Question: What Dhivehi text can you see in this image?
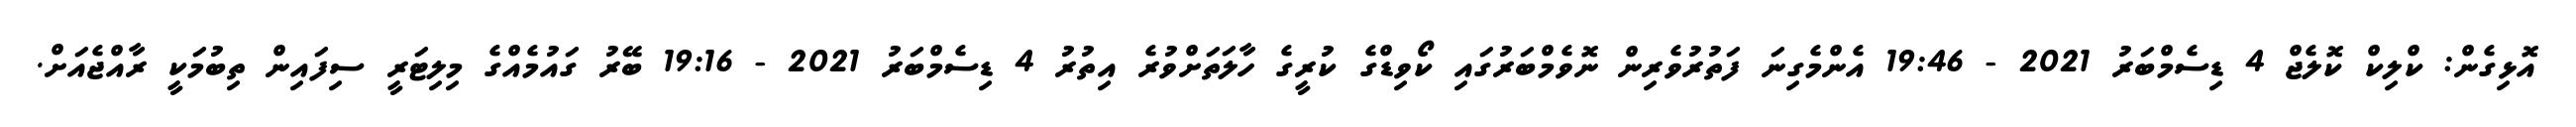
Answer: އޮޅިގެން: ކްލިކް ކޮލެޖް 4 ޑިސެމްބަރު 2021 - 19:46 އެންމެގިނަ ފަތުރުވެރިން ނޮވެމްބަރުގައި ކޯވިޑްގެ ކުރީގެ ހާލަތަށްވުރެ އިތުރު 4 ޑިސެމްބަރު 2021 - 19:16 ބޭރު ގައުމެއްގެ މިލިޓަރީ ސިފައިން ތިބުމަކީ ރާއްޖެއަށް.